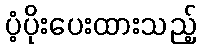
ပံ့ပိုးပေးထားသည့်